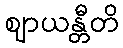
ဈာယန္တီတိ